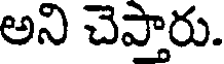
అని చెప్తారు.